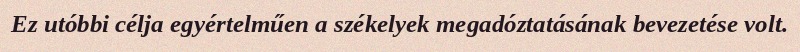
Ez utóbbi célja egyértelműen a székelyek megadóztatásának bevezetése volt.